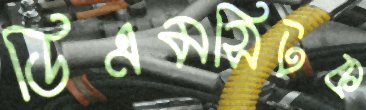
ডিএমসিটক